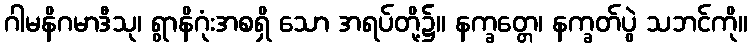
ဂါမနိဂမာဒီသု၊ ရွာနိဂုံးအစရှိ သော အရပ်တို့၌။ နက္ခတ္တေ၊ နက္ခတ်ပွဲ သဘင်ကို။